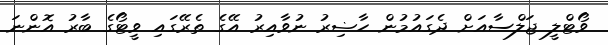
ވޯޓްލީ ޖަލްސާއަށް ދެގައުމުން ހާޟިރު ނުވާއިރު އޭގެ ތެރޭގައި ވީޓޯގެ ބާރު އޮންނަ